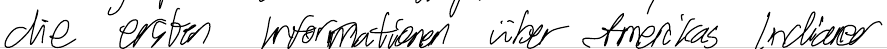
die ersten Informationen über Amerikas Indianer